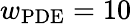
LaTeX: w_{\textrm{PDE}}=10